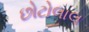
છોટોલાલ